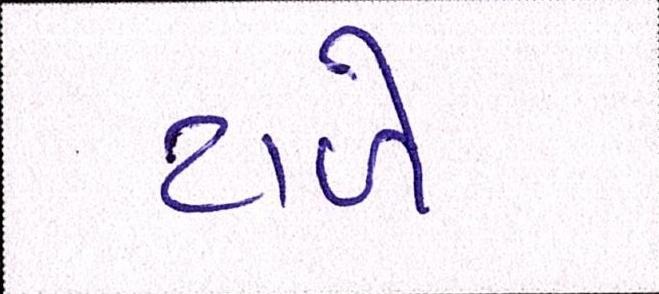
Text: ટાળે